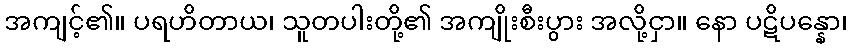
အကျင့်၏။ ပရဟိတာယ၊ သူတပါးတို့၏ အကျိုးစီးပွား အလို့ငှာ။ နော ပဋိပန္နော၊